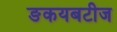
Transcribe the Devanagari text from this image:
ङकयबटीज